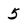
Character: 5